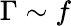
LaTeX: \Gamma\sim f